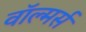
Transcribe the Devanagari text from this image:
वॉल्मर्स